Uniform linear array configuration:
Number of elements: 12
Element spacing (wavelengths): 1
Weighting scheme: kaiser
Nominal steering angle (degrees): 45
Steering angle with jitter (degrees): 43.602
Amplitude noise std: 0.05
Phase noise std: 0.05

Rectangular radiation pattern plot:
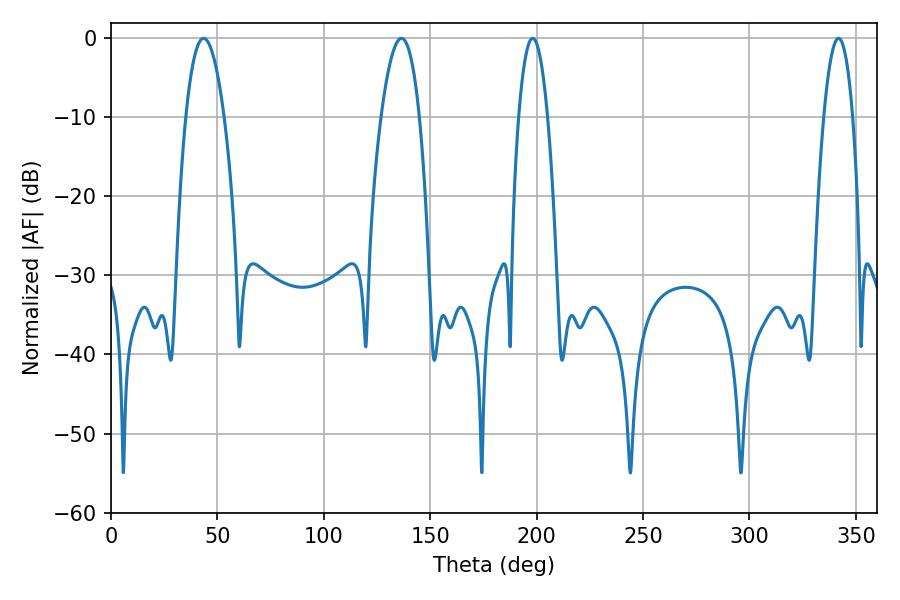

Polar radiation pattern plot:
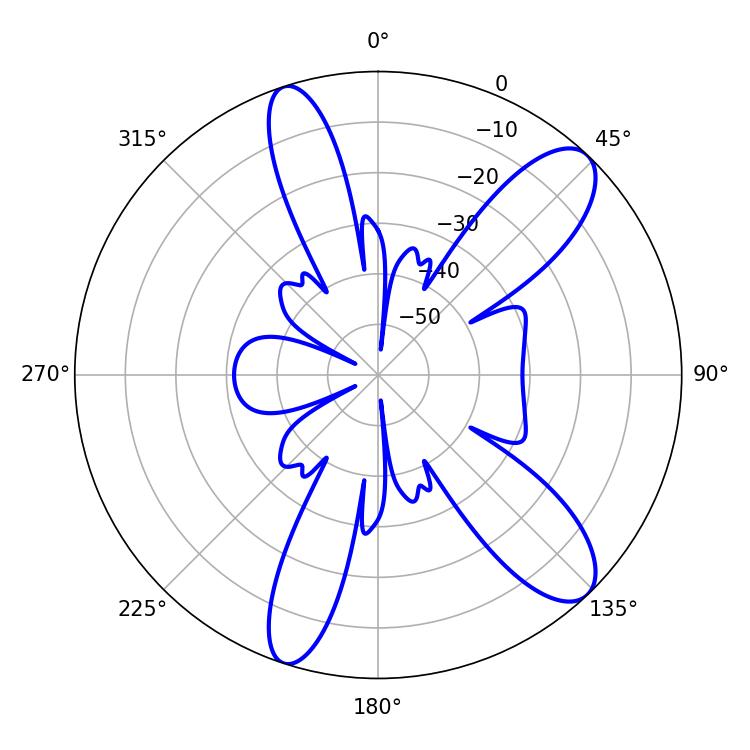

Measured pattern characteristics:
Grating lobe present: TRUE
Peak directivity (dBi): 10.722
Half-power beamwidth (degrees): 10.08
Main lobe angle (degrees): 43.56